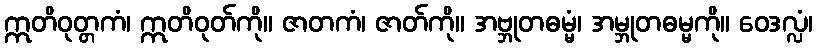
ဣတိဝုတ္တကံ၊ ဣတိဝုတ်ကို။ ဇာတကံ၊ ဇာတ်ကို။ အဗ္ဘုတဓမ္မံ၊ အမ္ဘုတဓမ္မကို။ ဝေဒလ္လံ၊